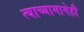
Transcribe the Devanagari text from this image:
त्याच्यामागेही